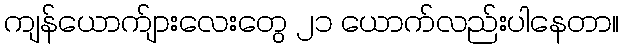
ကျန်ယောက်ျားလေးတွေ ၂၁ ယောက်လည်းပါနေတာ။